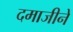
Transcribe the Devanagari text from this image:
दमाजीनें